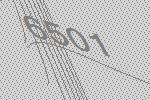
6501